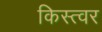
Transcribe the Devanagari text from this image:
किस्त्वर